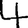
Digit: 4